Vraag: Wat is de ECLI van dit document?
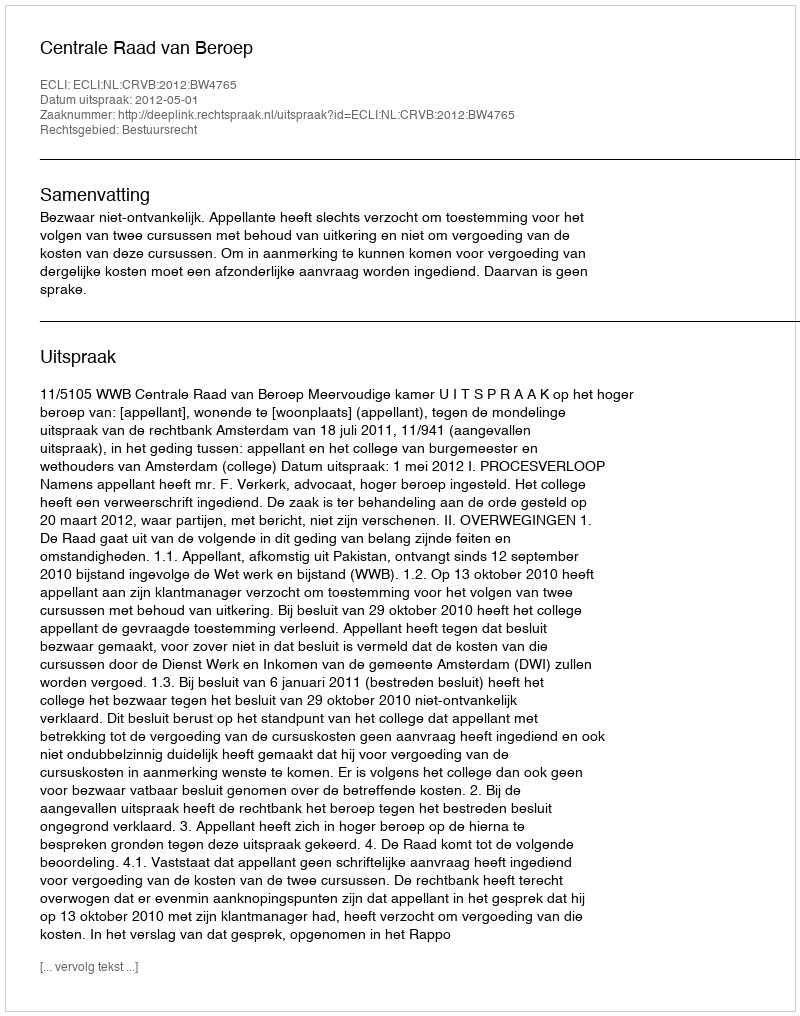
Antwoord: ECLI:NL:CRVB:2012:BW4765